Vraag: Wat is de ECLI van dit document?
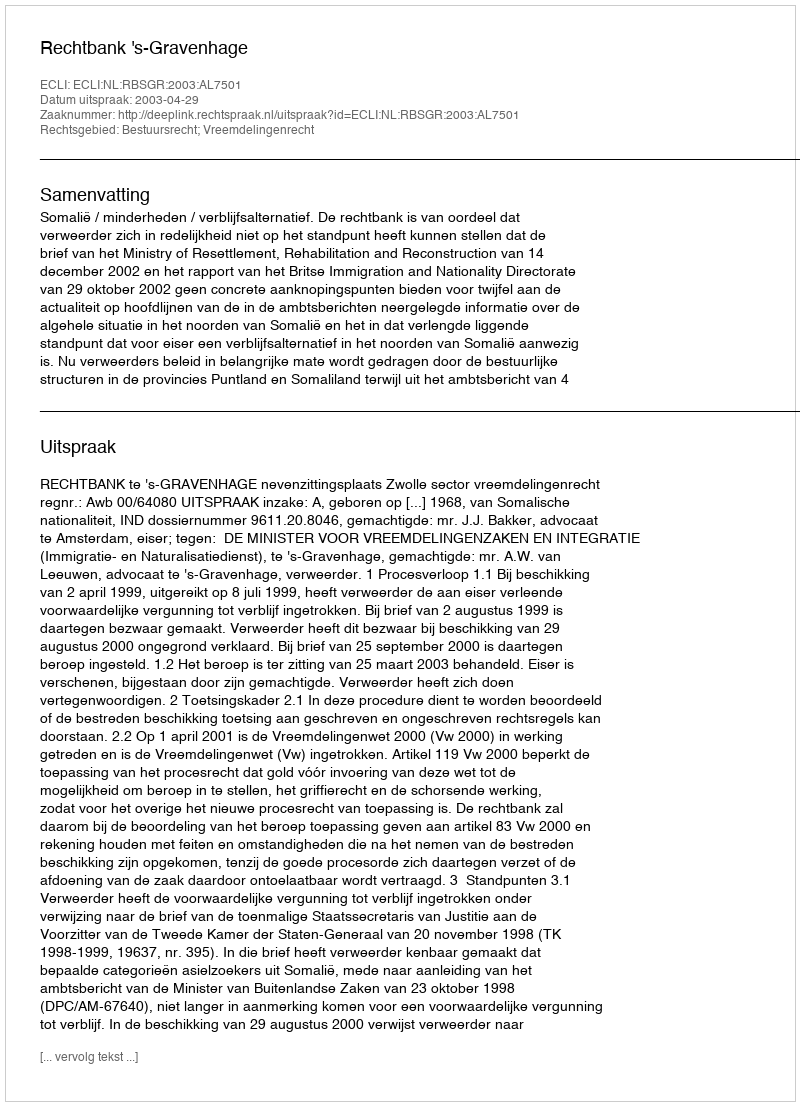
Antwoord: ECLI:NL:RBSGR:2003:AL7501